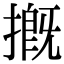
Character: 摡